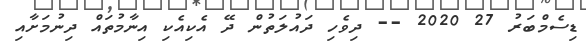
ޑިސެމްބަރު 27 2020 -- ދިވެހި ދައުލަތުން ދޭ އެކިއެކި އިނާމުތައް ދިނުމަށާއި